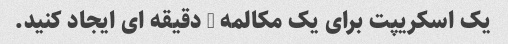
یک اسکریپت برای یک مکالمه 3 دقیقه ای ایجاد کنید.